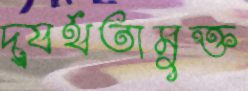
দ্ব্যর্থতামুক্ত